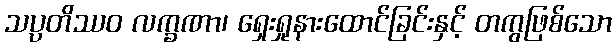
သပ္ပတိဿဝ လက္ခဏာ၊ ရှေးရှုနားထောင်ခြင်းနှင့် တကွဖြစ်သော